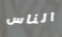
الناس